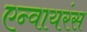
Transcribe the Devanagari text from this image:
एन्वायरंस